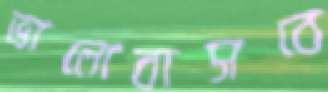
ভালোবাসবে